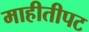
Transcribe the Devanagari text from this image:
माहीतीपट